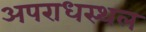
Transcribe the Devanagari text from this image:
अपराधस्थल